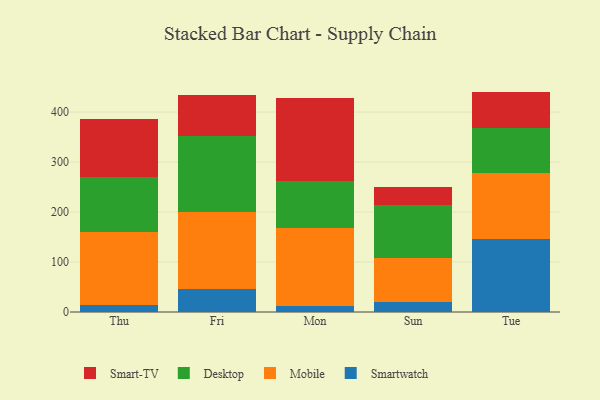
{"axis": {"x": "Day", "y": "Churn Rate (%)"}, "legend": ["Desktop", "Mobile", "Smart-TV", "Smartwatch"], "data": [{"x": "Thu", "y": 13.8, "type": "Smartwatch"}, {"x": "Thu", "y": 145.8, "type": "Mobile"}, {"x": "Thu", "y": 110.6, "type": "Desktop"}, {"x": "Thu", "y": 116.9, "type": "Smart-TV"}, {"x": "Fri", "y": 46.8, "type": "Smartwatch"}, {"x": "Fri", "y": 153.4, "type": "Mobile"}, {"x": "Fri", "y": 152.3, "type": "Desktop"}, {"x": "Fri", "y": 82.2, "type": "Smart-TV"}, {"x": "Mon", "y": 11.5, "type": "Smartwatch"}, {"x": "Mon", "y": 157.2, "type": "Mobile"}, {"x": "Mon", "y": 92.9, "type": "Desktop"}, {"x": "Mon", "y": 167.2, "type": "Smart-TV"}, {"x": "Sun", "y": 20.8, "type": "Smartwatch"}, {"x": "Sun", "y": 88.2, "type": "Mobile"}, {"x": "Sun", "y": 105.5, "type": "Desktop"}, {"x": "Sun", "y": 36.0, "type": "Smart-TV"}, {"x": "Tue", "y": 145.6, "type": "Smartwatch"}, {"x": "Tue", "y": 133.2, "type": "Mobile"}, {"x": "Tue", "y": 90.2, "type": "Desktop"}, {"x": "Tue", "y": 72.0, "type": "Smart-TV"}]}